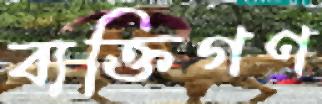
ব্যক্তিগণ